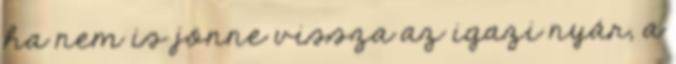
ha nem is jönne vissza az igazi nyár, a